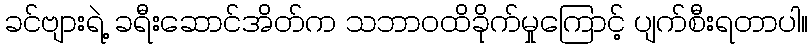
ခင်ဗျားရဲ့ ခရီးဆောင်အိတ်က သဘာဝထိခိုက်မှုကြောင့် ပျက်စီးရတာပါ။